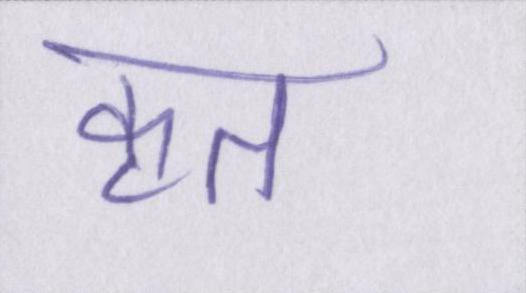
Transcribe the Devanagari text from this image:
कृत